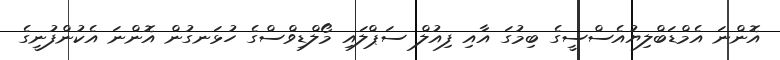
އޮންނަ އެމްޑަބްލިޔުއެސްސީގެ ބިމުގަ އާއި ފިއުލް ސަޕްލައި މޯލްޑިވްސްގެ ހުޅަނގުން އޮންނަ އެކުންފުނީގެ